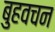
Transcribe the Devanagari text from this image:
बुहवचन